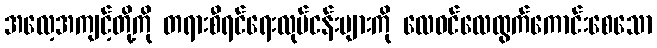
အလေ့အကျင့်တို့ကို တရားစီရင်ရေးလုပ်ငန်းများကို လေဝင်လေထွက်ကောင်းစေသော